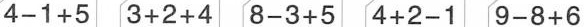
$$4-1+5$$ $$3+2+4$$ 8-3+5$$ $$4+2-1$$ $$9-8+6$$